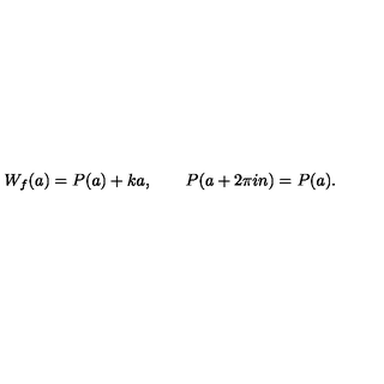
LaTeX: W _ { f } ( a ) = P ( a ) + k a , \qquad P ( a + 2 \pi i n ) = P ( a ) .